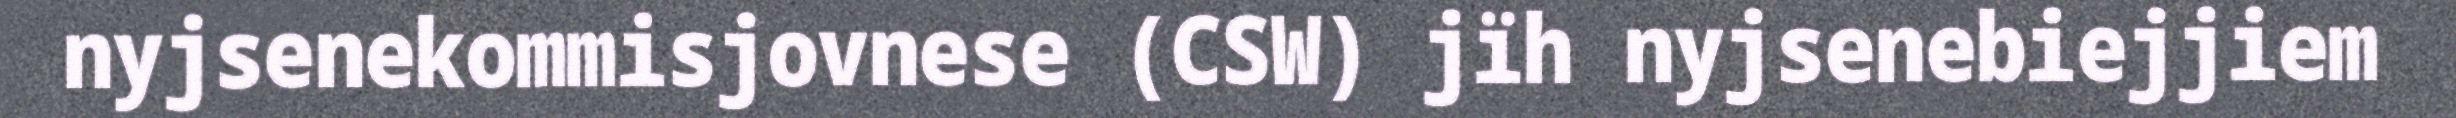
nyjsenekommisjovnese (CSW) jïh nyjsenebiejjiem